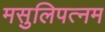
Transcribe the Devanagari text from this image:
मसुलिपत्नम